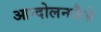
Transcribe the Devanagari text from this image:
आन्दोलनजैसे